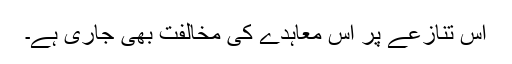
اس تنازعے پر اس معاہدے کی مخالفت بھی جاری ہے۔